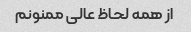
از همه لحاظ عالی ممنونم